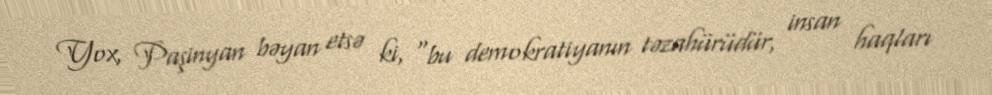
Yox, Paşinyan bəyan etsə ki, “bu demokratiyanın təzahürüdür, insan haqları